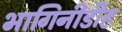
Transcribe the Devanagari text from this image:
भागिनीडीह